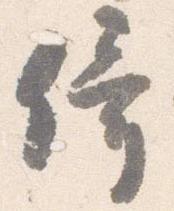
倚